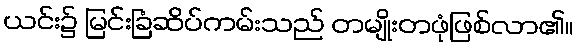
ယင်း၌ မြင်းခြံဆိပ်ကမ်းသည် တမျိုးတဖုံဖြစ်လာ၏။